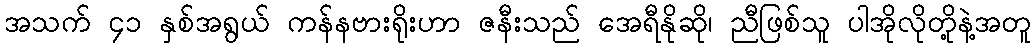
အသက် ၄၁ နှစ်အရွယ် ကန်နဗားရိုးဟာ ဇနီးသည် အေရီနိုဆို၊ ညီဖြစ်သူ ပါအိုလိုတို့နဲ့အတူ